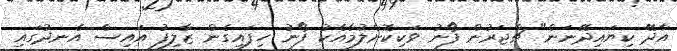
އާދޭ ކިޔައިދޭނަން" ޗާޖަރުން ފޯނު ވަކިކޮށްލުމާއެކު ފޯނު ހިފައިގެން ޒާލިފު އައިސް އެނދުގައި